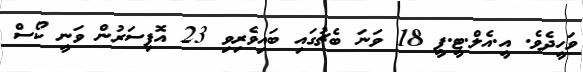
ވަހީދެވެ. އީ.އެލް.ޓީ.ޕީ 18 ވަނަ ބެޗުގައި ބައިވެރިވި 23 އޮފިސަރުން ވަނީ ކޯސް